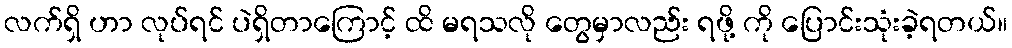
လက်ရှိ ဟာ လုပ်ရင် ပဲရှိတာကြောင့် ထိ မရသလို တွေမှာလည်း ရဖို့ ကို ပြောင်းသုံးခဲ့ရတယ်။